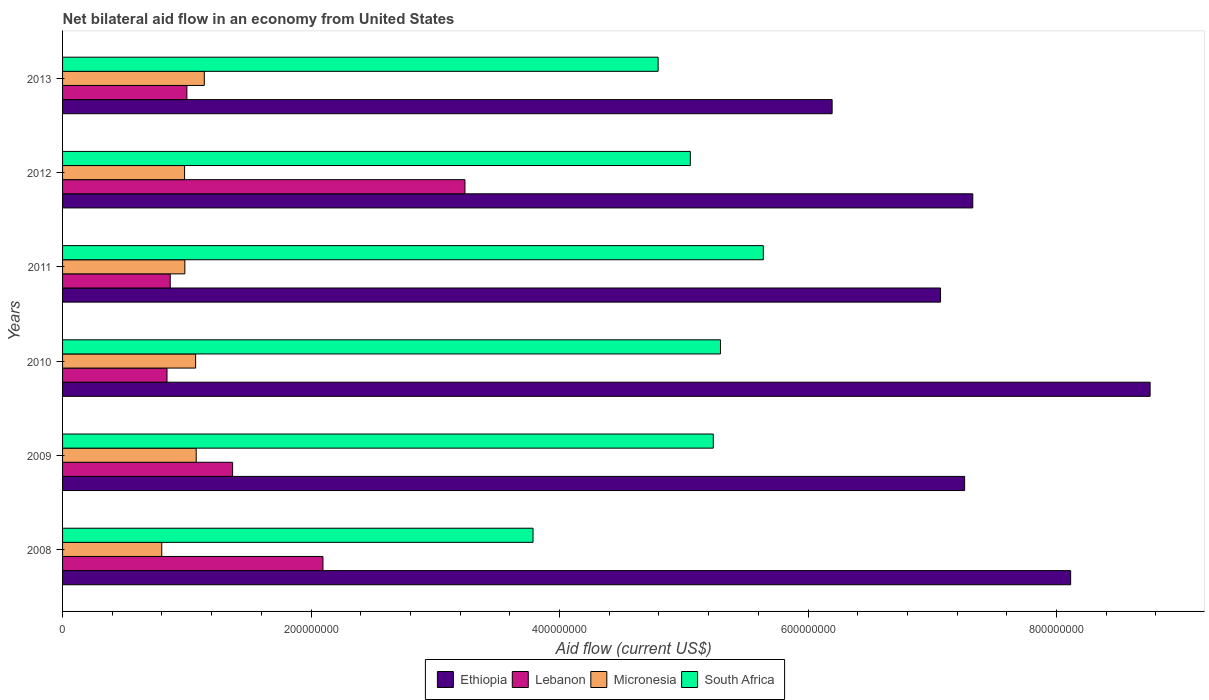
| Years | Ethiopia | Lebanon | Micronesia | South Africa |
 | --- | --- | --- | --- | --- |
 | 2008 | 8.11e+08 | 2.1e+08 | 7.98e+07 | 3.79e+08 |
 | 2009 | 7.26e+08 | 1.37e+08 | 1.08e+08 | 5.24e+08 |
 | 2010 | 8.75e+08 | 8.40e+07 | 1.07e+08 | 5.3e+08 |
 | 2011 | 7.07e+08 | 8.67e+07 | 9.84e+07 | 5.64e+08 |
 | 2012 | 7.33e+08 | 3.24e+08 | 9.82e+07 | 5.05e+08 |
 | 2013 | 6.19e+08 | 1e+08 | 1.14e+08 | 4.79e+08 |